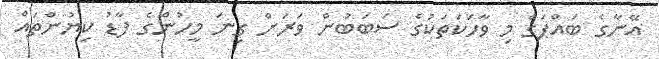
އޭނާގެ ބައްޕަގެ މި ވާހަކަތަކުގެ ސަބަބުން ވަރަށް ގިނަ މީހުންގެ ފާޑު ކިޔުންތައް